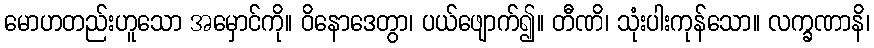
မောဟတည်းဟူသော အမှောင်ကို။ ဝိနောဒေတွာ၊ ပယ်ဖျောက်၍။ တီဏိ၊ သုံးပါးကုန်သော။ လက္ခဏာနိ၊